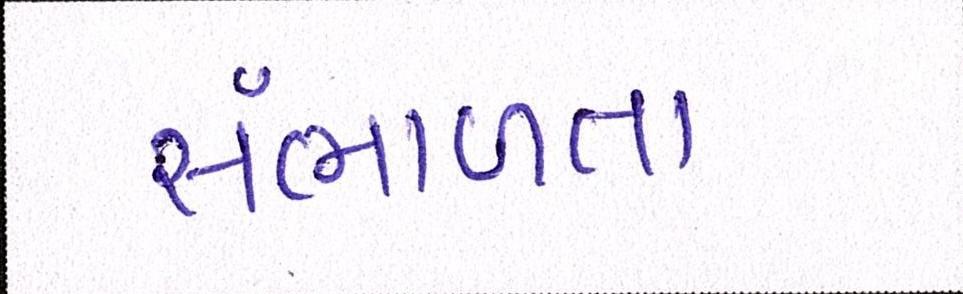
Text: સંભાળતા